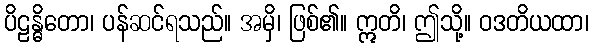
ပိဠန္ဓိတော၊ ပန်ဆင်ရသည်။ အမှိ၊ ဖြစ်၏။ ဣတိ၊ ဤသို့။ ဝဒတိယထာ၊